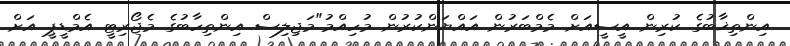
އިންތިޚާބުގެ ކުރިން އީސީއަށް މެމްބަރުން އައްޔަންކުރުން މުހިއްމު"މަޖިލިސް އިންތިހާބުގެ މެޖޯރިޓީ އެމްޑީޕީ އަށް